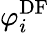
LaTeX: \varphi_{i}^{\mathrm{DF}}